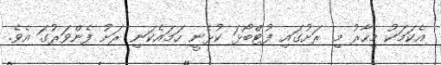
އެކަމަކު މިހާރު މި ރަށުގައި ފުޓްބޯޅަ ކުޅެނީ ހަމައެކަނި ރަށު ފެންވަރުގަ އެވެ.